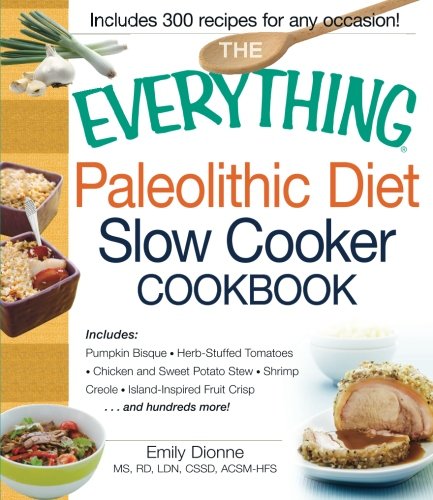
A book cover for The Everything Paleolithic Diet Slow Cooker Cookbook: Includes Pumpkin Bisque, Herb-Stuffed Tomatoes, Chicken and Sweet Potato Stew, Shrimp Creole, Island-Inspired Fruit Crisp and hundreds more!; Emily Dionne; Cookbooks, Food & Wine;